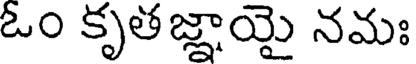
ఓం కృతజ్ఞాయై నమః